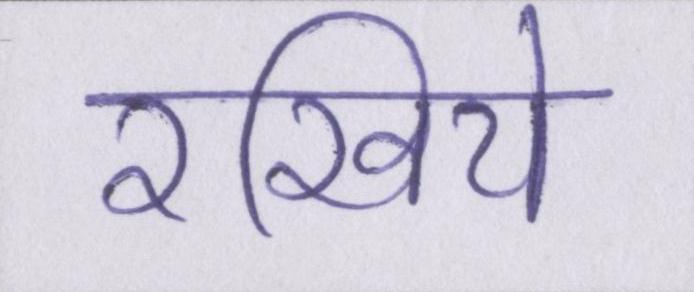
रखिये